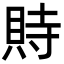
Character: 䝰